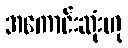
အကောင်းဆုံးဟု